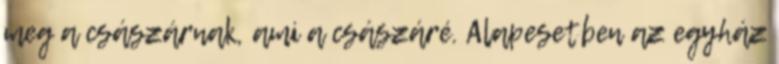
meg a császárnak, ami a császáré. Alapesetben az egyház